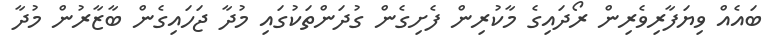
ބައެއް ވިޔަފާރިވެރިން ރޯދައިގެ މާކުރިން ފެށިގެން ގުދަންތަކުގައި މުދާ ޖަހައިގެން ބާޒާރުން މުދާ